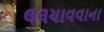
લલચાવવાના